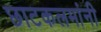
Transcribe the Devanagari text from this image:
छाटकलमांनी